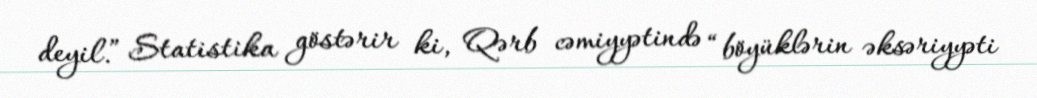
deyil.” Statistika göstərir ki, Qərb cəmiyyətində “böyüklərin əksəriyyəti